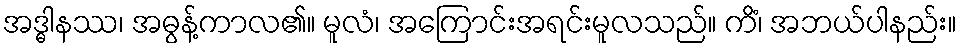
အဒ္ဓါနဿ၊ အဓွန့်ကာလ၏။ မူလံ၊ အကြောင်းအရင်းမူလသည်။ ကိံ၊ အဘယ်ပါနည်း။